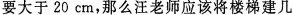
要大于20cm，那么汪老师应该将楼梯建几